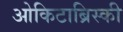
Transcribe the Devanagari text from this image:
ओकिटाब्रिस्की